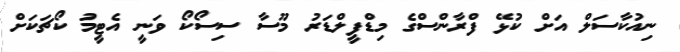
ނިއުކާސަލް އަށް ކުޅޭ ފްރާންސްގެ މިޑްފީލްޑަރު މޫސާ ސިސޯކޯ ވަނީ އެޓީމު ކޯޗަކަށް